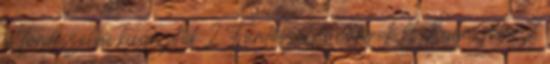
és fürdőszobai kiegészítők 2 Fürdőszobai bútorok 4 Babaszoba 2